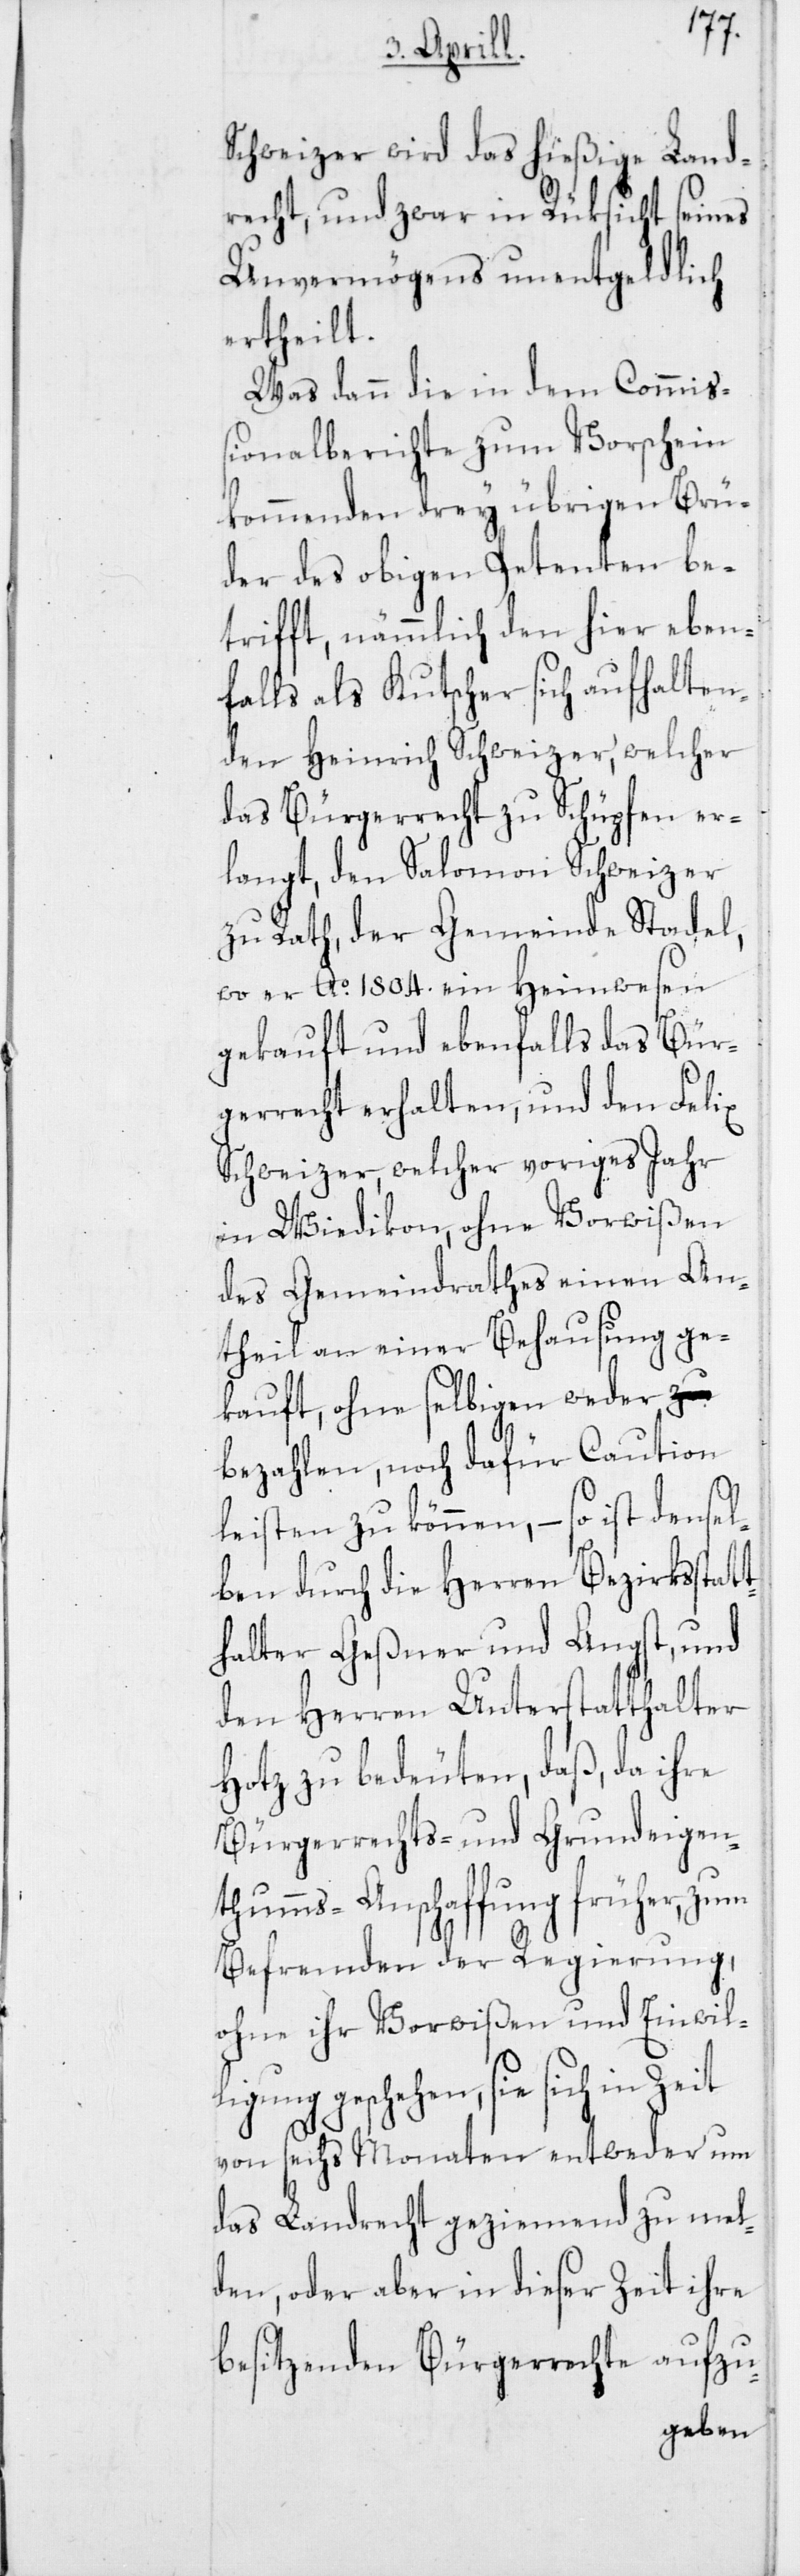
t¬
Schweizer wird das hießige Land¬
recht, und zwar in Rüksicht seines
Unvermögens, unentgeldlich
ertheilt.
Was dann die in dem Commiß¬
ionalberichte zum Vorschein
kommenden drey übrigen Brü¬
der des obigen Petenten be¬
trifft, nämmlich den hier eben¬
falls als Kutscher sich aufhalten¬
den Heinrich Schweizer, welcher
das Bürgerrecht zu Schüpfen er¬
langt, den Salomon Schweizer
zu Rath, der Gemeinde Stadel,
wo er Ao 1804. ein Heimwesen
gekauft und ebenfalls das Bür¬
gerrecht erhalten, und den Felix
Schweizer, welcher voriges Jahr
in Wiedikon, ohne Vorwißen
des Gemeindrathes einen An¬
theil an einer Behausung ge¬
kauft, ohne selbigen weder
bezahlen, noch dafür Caution
leisten zu können, – so ist densel¬
ben durch die Herren Bezirksstat¬
halter Geßner und Angst, und
den Herren Unterstatthalter
Hotz zu bedeuten, daß, da ihre
Bürgerrechts- und Grundeigen¬
thumms-Anschaffung früher, zum
Befremden der Regierung,
ohne ihr Vorwißen und Einwil¬
ligung geschehen, sie sich in Zeit
von sechs Monaten entweder um
das Landrecht geziemend zu mel¬
den, oder aber in dieser Zeit ihre
besitzenden Bürgerrechte aufzu-